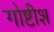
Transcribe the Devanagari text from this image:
गोष्टीश